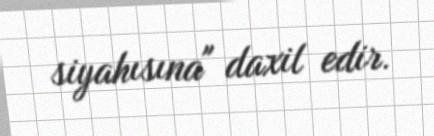
siyahısına" daxil edir.